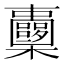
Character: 𣡏